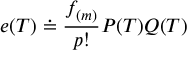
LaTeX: e ( T ) \doteq \frac { f _ { ( m ) } } { p ! } P ( T ) Q ( T )